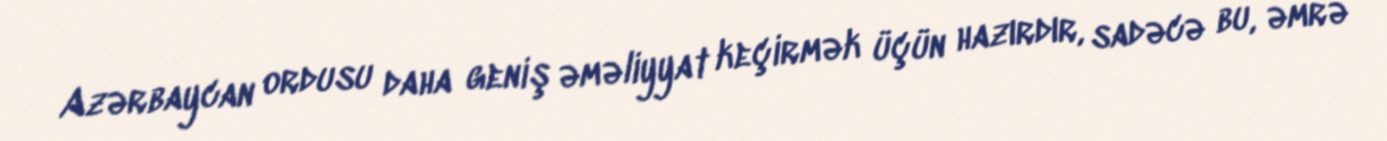
Azərbaycan ordusu daha geniş əməliyyat keçirmək üçün hazırdır, sadəcə bu, əmrə